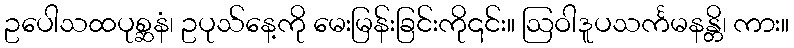
ဥပေါသထပုစ္ဆနံ၊ ဥပုသ်နေ့ကို မေးမြန်းခြင်းကို၎င်း။ ဩဝါဒူပသင်္ကမနန္တိ၊ ကား။